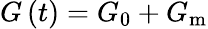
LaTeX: G\left(t\right)=G_{0}+G_{\mathrm{m}}